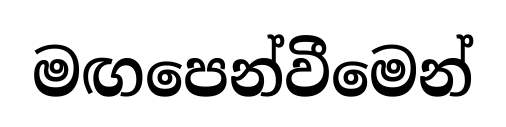
මඟපෙන්වීමෙන්